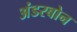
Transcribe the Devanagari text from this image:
अंडरबोन